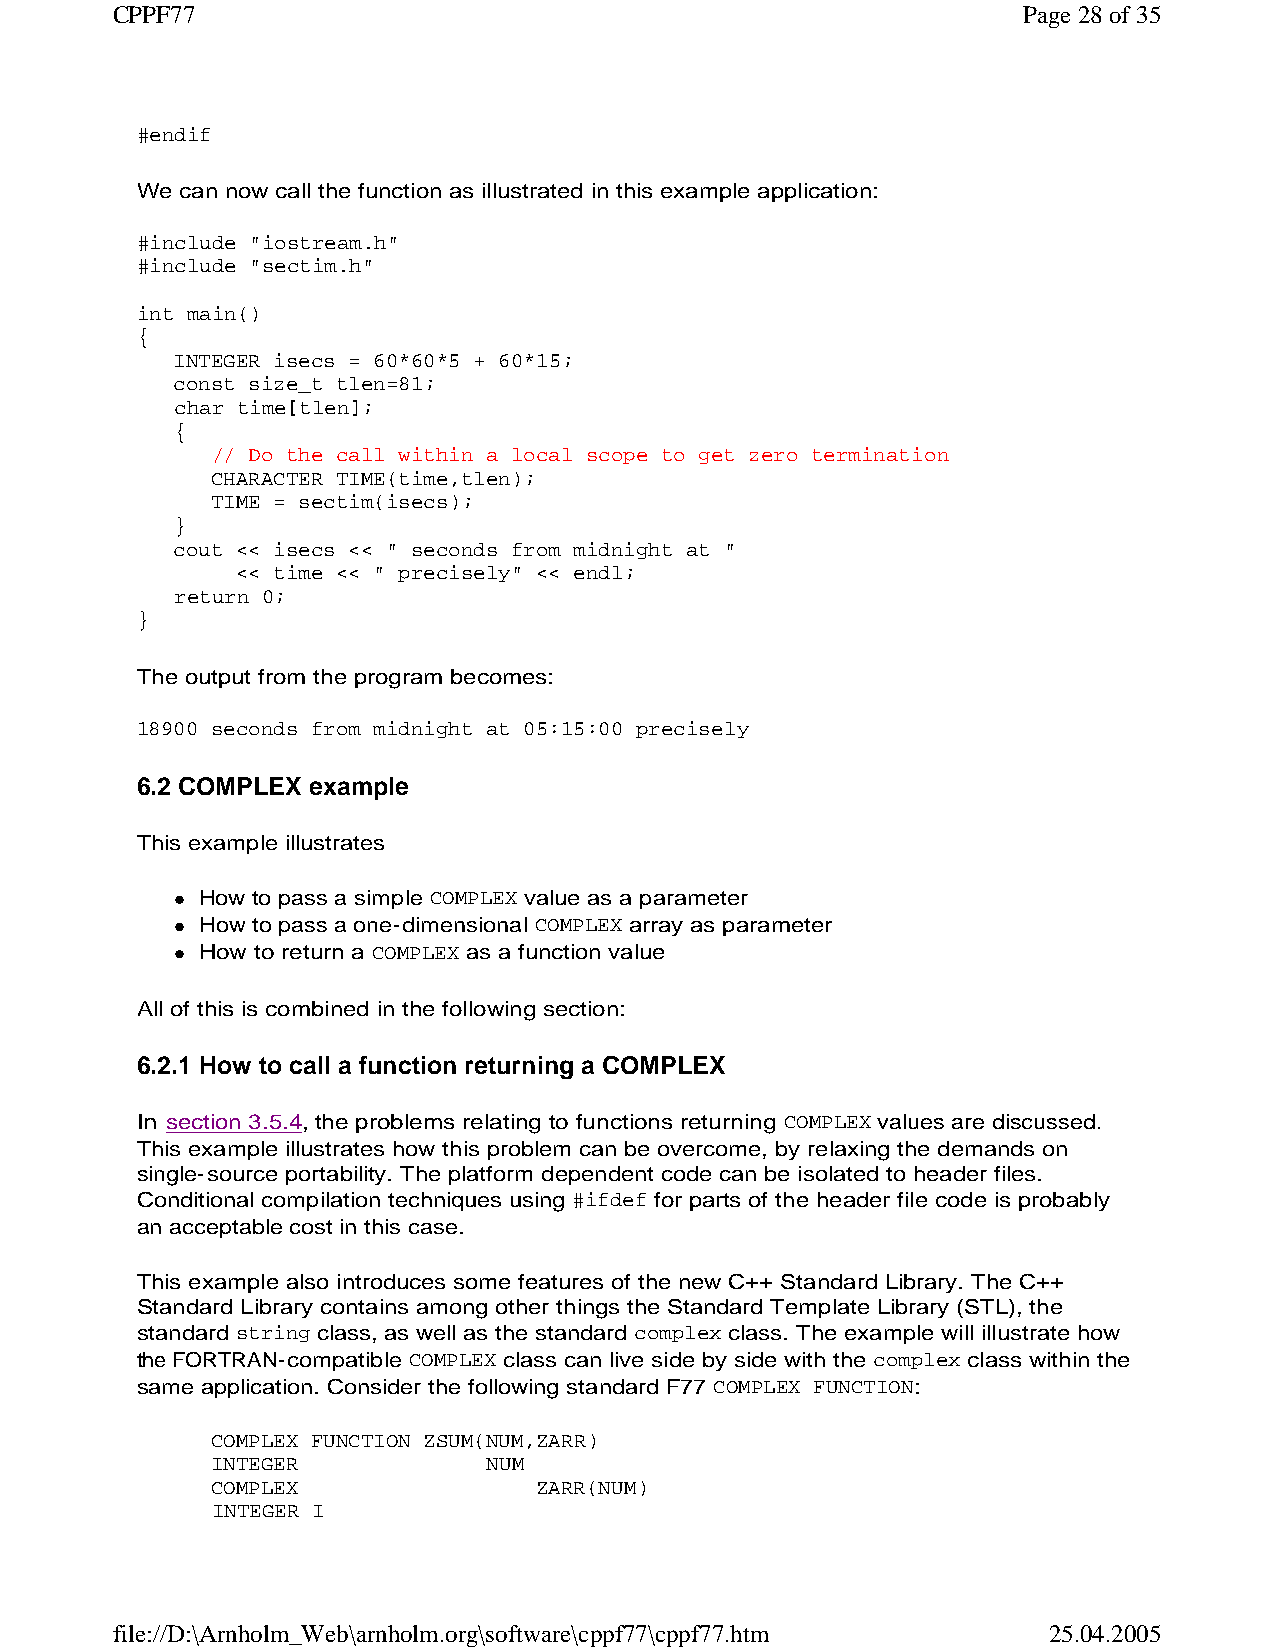
CPPF77                                                       Page 28 of 35
 #endif
 We can now call the function as illustrated in this example application:
 #include "iostream.h"
 #include "sectim.h"
 int main()
 {
 INTEGER isecs = 60*60*5 + 60*15;
 const size_t tlen=81;
 char time[tlen];
 {
 // Do the call within a local scope to get zero termination
 CHARACTER TIME(time,tlen);
 TIME = sectim(isecs);
 }
 cout << isecs << " seconds from midnight at "
 << time << " precisely" << endl;
 return 0;
 }
 The output from the program becomes:
 18900 seconds from midnight at 05:15:00 precisely
 6.2 COMPLEX example
 This example illustrates
 How to pass a simple COMPLEX value as a parameter
 How to pass a one-dimensional COMPLEX array as parameter
 How to return a COMPLEX as a function value
 All of this is combined in the following section:
 6.2.1 How to call a function returning a COMPLEX
 In section 3.5.4, the problems relating to functions returning COMPLEX values are discussed.
 This example illustrates how this problem can be overcome, by relaxing the demands on
 single-source portability. The platform dependent code can be isolated to header files.
 Conditional compilation techniques using #ifdef for parts of the header file code is probably
 an acceptable cost in this case.
 This example also introduces some features of the new C++ Standard Library. The C++
 Standard Library contains among other things the Standard Template Library (STL), the
 standard string class, as well as the standard complex class. The example will illustrate how
 the FORTRAN-compatible COMPLEX class can live side by side with the complex class within the
 same application. Consider the following standard F77 COMPLEX FUNCTION:
 COMPLEX FUNCTION ZSUM(NUM,ZARR)
 INTEGER           NUM
 COMPLEX               ZARR(NUM)
 INTEGER I
 file://D:\Arnholm_Web\arnholm.org\software\cppf77\cppf77.htm  25.04.2005